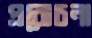
প্ররোচনা